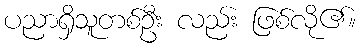
ပညာရှိသူတစ်ဦး လည်း ဖြစ်လို၏။